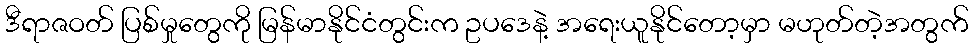
ဒီရာဇဝတ် ပြစ်မှုတွေကို မြန်မာနိုင်ငံတွင်းက ဥပဒေနဲ့ အရေးယူနိုင်တော့မှာ မဟုတ်တဲ့အတွက်